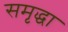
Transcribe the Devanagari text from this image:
समृद्धा